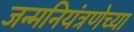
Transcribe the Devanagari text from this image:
जन्मनियंत्रणेच्या